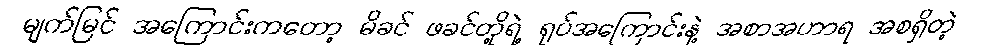
မျက်မြင် အကြောင်းကတော့ မိခင် ဖခင်တို့ရဲ့ ရုပ်အကြောင်းနဲ့ အစာအဟာရ အစရှိတဲ့